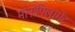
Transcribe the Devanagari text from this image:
मोनोपिलामेंट